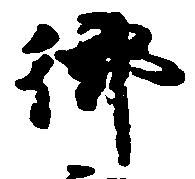
御